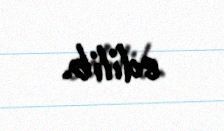
edilib.